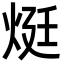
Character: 烶